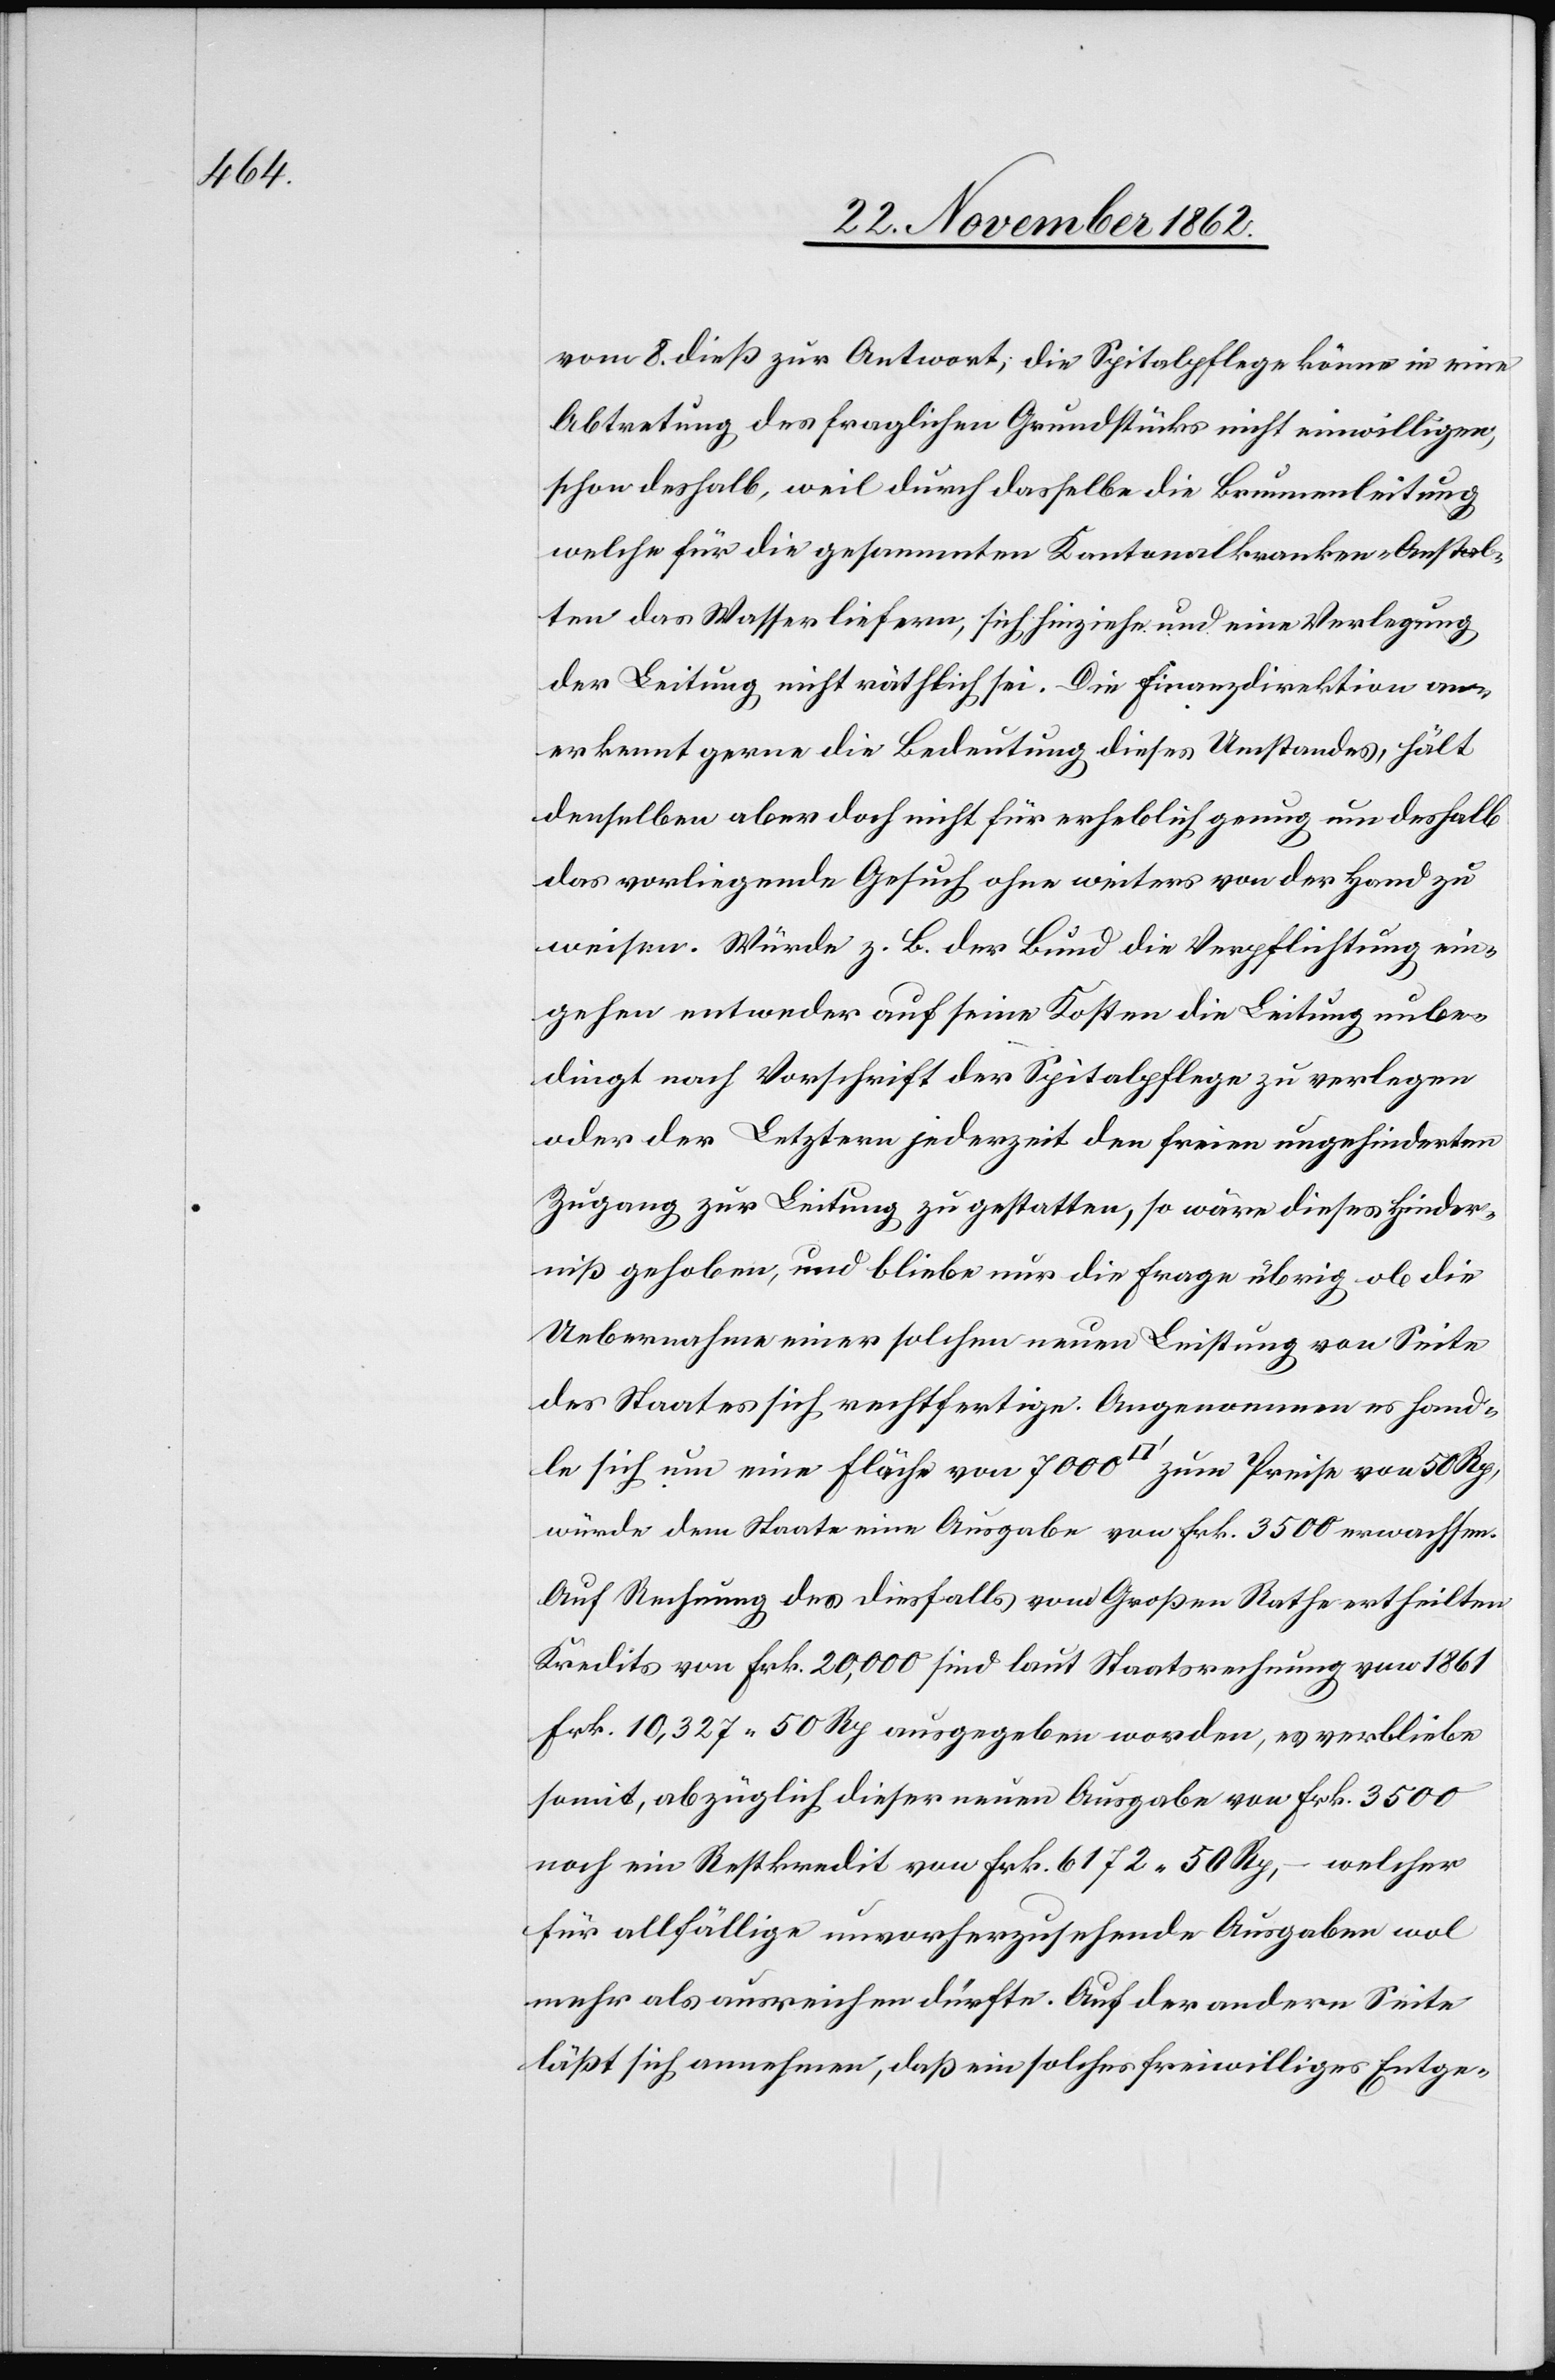
vom 8. dieß zur Antwort, die Spitalpflege könne in eine
Abtretung des fraglichen Grundstücks nicht einwilligen,
schon deshalb, weil durch dasselbe die Brunnenleitung
welche für die gesammten Kantonalkranken-Anstal¬
ten das Wasser liefern, sich hinziehe und eine Verlegung
der Leitung nicht räthlich sei. Die Finanzdirektion an¬
erkennt gerne die Bedeutung dieses Umstandes, hält
denselben aber doch nicht für erheblich genug um deshalb
das vorliegende Gesuch ohne weiters von der Hand zu
weisen. Würde z. B. der Bund die Verpflichtung ein¬
gehen entweder auf seine Kosten die Leitung unbe¬
dingt nach Vorschrift der Spitalpflege zu verlegen
oder der Letztern jederzeit den freien ungehinderten
Zugang zur Leitung zu gestatten, so wäre dieses Hinder¬
niß gehoben, und bliebe nur die Frage übrig ob die
Uebernahme einer solchen neuen Leistung von Seite
des Staates sich rechtfertige. Angenommen es hand¬
le sich um eine Fläche von 7000 [Quadratfuß] zum Preise von 50 Rp.,
würde dem Staate eine Ausgabe von Frk. 3500 erwachsen.
Auf Rechnung des diesfalls vom Großen Rathe ertheilten
Kredits von Frk. 20,000 sind laut Staatsrechnung von 1861
Frk. 10,327 50 Rp. ausgegeben worden, es verbliebe
somit, abzüglich dieser neuen Ausgabe von Frk. 3500
noch ein Restkredit von Frk.6172 50 Rp. – welcher
für allfällige unvorherzusehende Ausgaben wol
mehr als ausreichen dürfte. Auf der andern Seite
läßt sich annehmen, daß ein solches freiwilliges Entge-